Leaving Certificate Examination, 1902
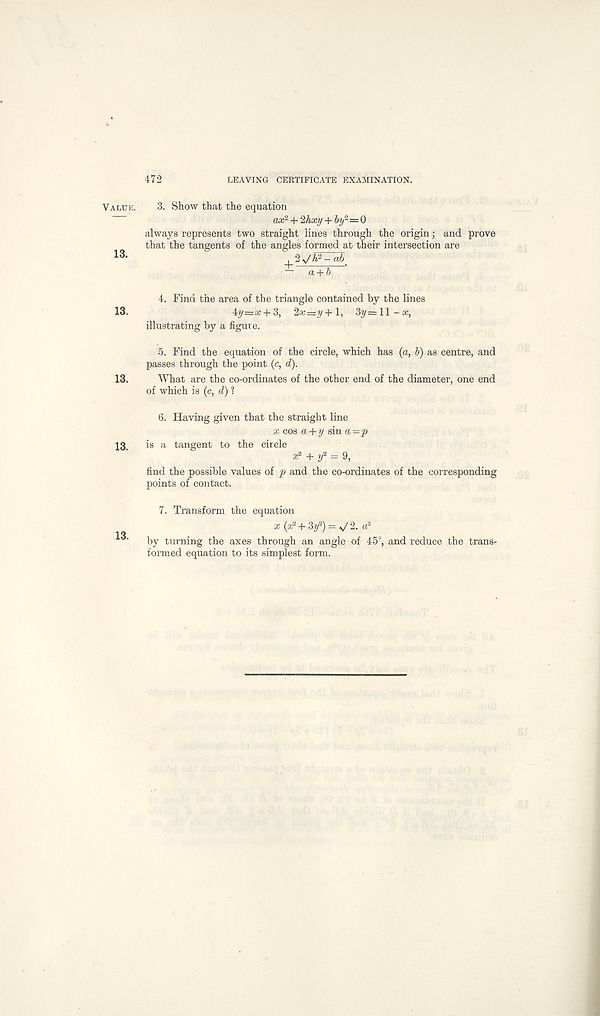
472
LEAVING CERTIFICATE EXAMINATION.
Value.
13.
13.
13.
13.
13.
3. Show that the equation
ax 1 + ‘2hxy + by 2 =Q
always represents two straight lines through the origin; and prove
that the tangents of the angles formed at their intersection are
, 2 v/A 2 - ab'
“ a + b
4. Find the area of the triangle contained by the lines
4y=a: + 3, 2x=y+\, 3y = 11 - x,
illustrating by a figure.
5. Find the equation of the circle, which has (a, b) as centre, and
passes through the point (c, d).
What are the co-ordinates of the other end of the diameter, one end
of which is (c, d) 1
6. Having given that the straight line
x cos a+ y sin a -'p
is a tangent to the circle x 1 + if = 9,
find the possible values of p and the co-ordinates of the corresponding
points of contact.
7. Transform the equation
x (a? + 3y 2 ) = V 2. a?
by turning the axes through an angle of 45°, and reduce the trans-
formed equation to its simplest form.